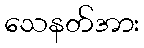
သေနတ်အား